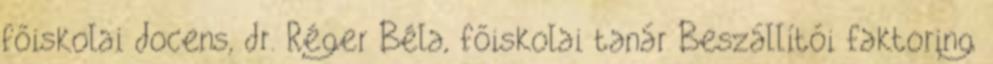
főiskolai docens, dr. Réger Béla, főiskolai tanár Beszállítói faktoring